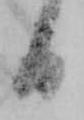
日